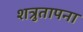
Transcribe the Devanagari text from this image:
शत्रुतापना